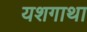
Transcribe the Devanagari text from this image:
यशगाथा